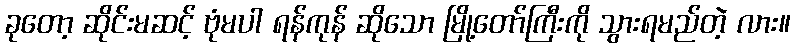
ခုတော့ ဆိုင်းမဆင့် ဗုံမပါ ရန်ကုန် ဆိုသော မြို့တော်ကြီးကို သွားရမည်တဲ့ လား။